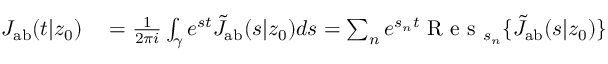
\begin{array} { r l } { J _ { \mathrm { { a b } } } ( t | z _ { 0 } ) } & { { } = \frac { 1 } { 2 \pi i } \int _ { \gamma } e ^ { s t } \tilde { J } _ { \mathrm { { a b } } } ( s | z _ { 0 } ) d s = \sum _ { n } e ^ { s _ { n } t } \textrm { R e s } _ { s _ { n } } \{ \tilde { J } _ { \mathrm { { a b } } } ( s | z _ { 0 } ) \} } \end{array}